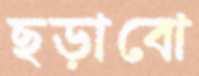
ছড়াবো